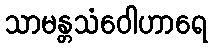
သာမန္တသံဝေါဟာရေ